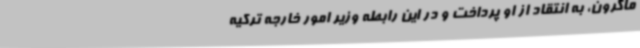
ماکرون، به انتقاد از او پرداخت و در این رابطه وزیر امور خارجه ترکیه